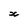
Character: x